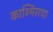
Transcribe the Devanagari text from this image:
काश्मिराचा